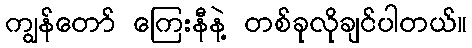
ကျွန်တော် ကြေးနီနဲ့ တစ်ခုလိုချင်ပါတယ်။